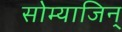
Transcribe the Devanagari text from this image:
सोम्याजिन्